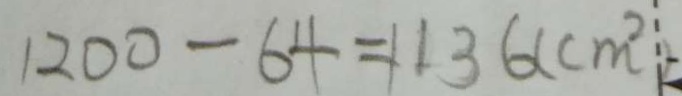
1 2 0 0 - 6 4 = 1 1 3 6 ( c m ^ { 2 } )